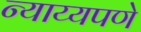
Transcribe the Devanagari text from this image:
न्याय्यपणे